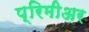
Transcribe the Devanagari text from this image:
प्रिमीअर